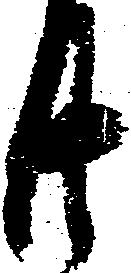
廿